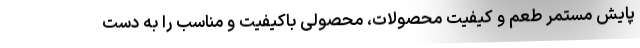
پایش مستمر طعم و کیفیت محصولات، محصولی باکیفیت و مناسب را به دست